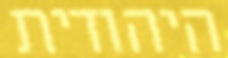
היהודית